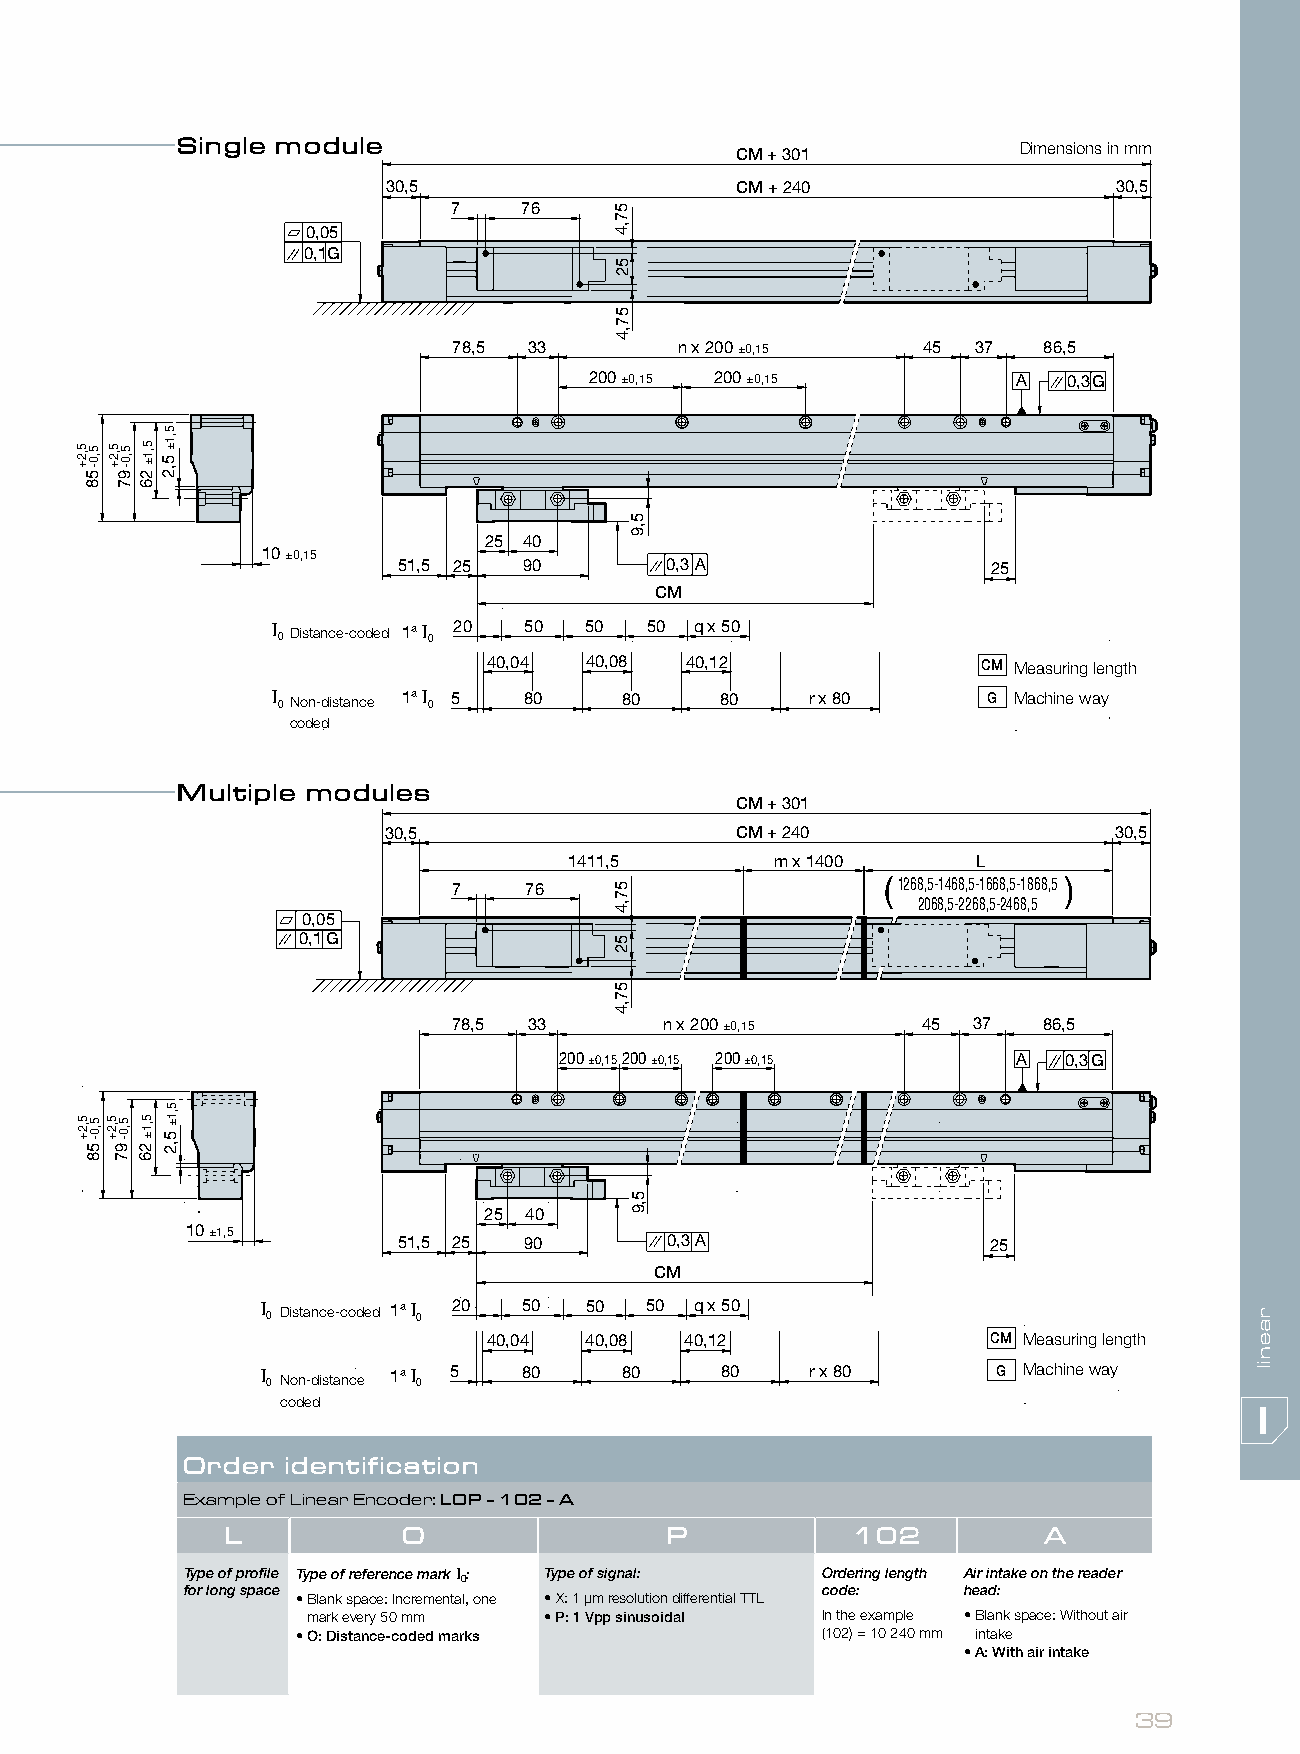
Single module
 Dimensions in mm
 CM + 301
 30,5                   CM + 240                 30,5
 7   76
 0,05
 0,1G
 78,5 33        n x 200 ±0,15   45  37  86,5
 200 ±0,15 200 ±0,15         A   0,3G
 25 40
 10 ±0,15
 51,5 25  90       0,3A                  25
 CM
 I 0Distance-coded 1ª I
 0
 20   50  50  50 q x 50
 40,04  40,08 40,12               CM Measuring length
 I 0Non-distance 1ª I 0 5 80 80 80   r x 80     G Machine way
 coded
 Multiple modules
 CM + 301
 30,5                    CM + 240                 30,5
 1411,5       m x 1400      L
 7    76                      1268,5-1468,5-1668,5-1868,5
 2068,5-2268,5-2468,5
 0,05
 0,1G
 78,5 33       n x 200 ±0,15    45 37   86,5
 200 ±0,15200 ±0,15 200 ±0,15  A  0,3G
 25 40
 10 ±1,5
 51,5 25  90       0,3A                 25
 CM
 I 0 Distance-coded 1ª I 0 20 50 50 50 q x 50
 40,04  40,08 40,12               CM Measuring length
 I 0 Non-distance 1ª I 0 5 80 80 80   r x 80      G Machine way
 coded
 Order  identification
 Example of Linear Encoder: LOP - 102 - A
 L           O                P           102          A
 Type of profile Type of reference mark I: Type of signal: Ordering length Air intake on the reader
 0
 for long space                            code:     head:
 • Blank space: Incremental, one • X: 1 µm resolution differential TTL
 mark every 50 mm • P: 1 Vpp sinusoidal In the example • Blank space: Without air
 • O: Distance-coded marks         (102) = 10 240 mm intake
 • A: With air intake
 39
 5,2+
 5,2+
 5,0-58
 5,0-58
 5 5,
 ,2 0+
 -97
 5 5,
 ,2 0+ -97
 5,1±
 26
 5,1±
 26
 5,1±
 5,2
 5,1±
 5,2
 57,4
 52
 57,4
 57,4
 52
 57,4
 5,9
 5,9
 raenil